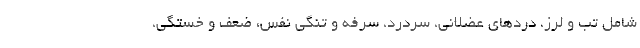
شامل تب و لرز، دردهای عضلانی، سردرد، سرفه و تنگی نفس، ضعف و خستگی،